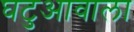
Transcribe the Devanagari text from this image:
घटुआवाला